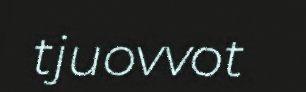
tjuovvot